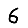
Digit: 6